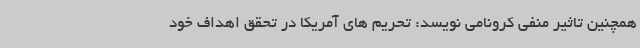
همچنین تاثیر منفی کرونامی نویسد: تحریم های آمریکا در تحقق اهداف خود